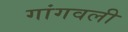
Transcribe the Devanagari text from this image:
गांगवली